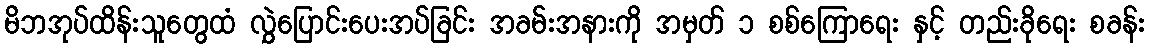
မိဘအုပ်ထိန်းသူတွေထံ လွှဲပြောင်းပေးအပ်ခြင်း အခမ်းအနားကို အမှတ် ၁ စစ်ကြောရေး နှင့် တည်းခိုရေး စခန်း